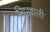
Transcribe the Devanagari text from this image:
खिरवाली